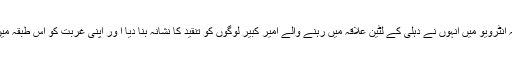
اپنی اس شبیہ کو بدلنے کے لیے اپنے حالیہ انٹرویو میں انہوں نے دہلی کے لٹین علاقہ میں رہنے والے امیر کبیر لوگوں کو تنقید کا نشانہ بنا دیا ا ور اپنی غربت کو اس طبقہ میں عدم مقبولیت کیلیے ذمہ دار قرار دے دیا۔